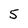
Character: 5